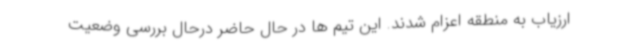
ارزیاب به منطقه اعزام شدند. این تیم ها در حال حاضر درحال بررسی وضعیت